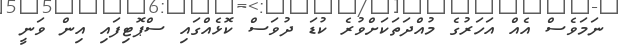
ނަމަވެސް އެއް އަހަރުގެ މުއްދަތަކަށްވުރެ ކުޑަ ދުވަސް ކޮޅެއްގައި ސްޕޮޓިފައި އިން ވަނީ